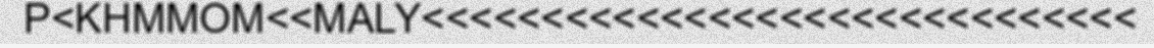
P<KHMMOM<<MALY<<<<<<<<<<<<<<<<<<<<<<<<<<<<<<